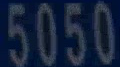
5050